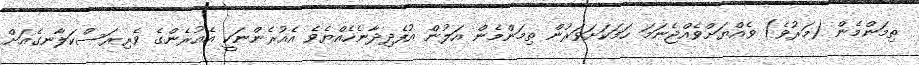
ތިމަންމެން (މަރުވެ) ވެއްޔަށްވެއްޖެނަމަ ހަމަކަށަވަރުން ތިމަންމެން އަލުން އުފެދިދާނެހެއްޔެވެ އެއުރެންނަކީ އެއުރެންގެ ވެރިރަސްކަލާނގެއަށް